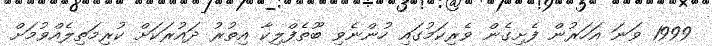
1999 ވަނަ އަހަރުން ފެށިގެން ވެރިކަމުގައި ހުންނެވި ބޫތެފްލިކާ އިތުރު ދައުރަކަށް ކުރިމަތިލެއްވުމަށް